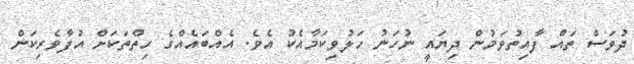
ދުވަސް ތައް ފާއިތުވަމުން ދިޔައީ ނުހަނު ހަލުވިކަމާއެކު އެވެ. އެއްބައެއްގެ ހިތްތަކަށް އުފާވެރިކަން